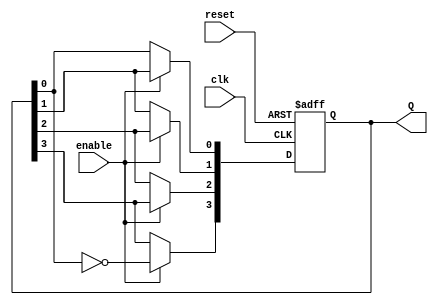
module johnson_counter (
    input wire clk,          // Clock input
    input wire reset,        // Asynchronous reset input
    input wire enable,       // Enable input
    output reg [3:0] Q       // 4-bit output for the Johnson Counter
);

    // Always block for the Johnson Counter operation
    always @(posedge clk or posedge reset) begin
        if (reset) begin
            Q <= 4'b0000;    // Reset the counter to 0000
        end else if (enable) begin
            Q[3] <= ~Q[0];    // Feedback from the last flip-flop (inverted)
            Q[2] <= Q[3];     // Shift the state
            Q[1] <= Q[2];     // Shift the state
            Q[0] <= Q[1];     // Shift the state
        end
    end

endmodule